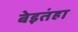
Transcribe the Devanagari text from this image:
बेइतंहा